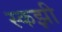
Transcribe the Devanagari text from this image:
स्कझी